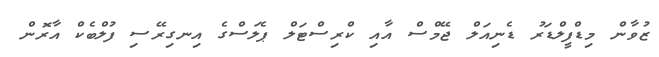
ޒުވާން މިޑްފީލްޑަރު ޑެނިއަލް ޖޭމްސް އާއި ކްރިސްޓަލް ޕެލަސްގެ އިނގިރޭސި ފުލްބެކް އާރޮން